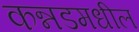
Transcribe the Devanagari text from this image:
कन्नडमधील